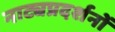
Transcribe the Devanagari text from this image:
नाट्यप्रदर्शनों